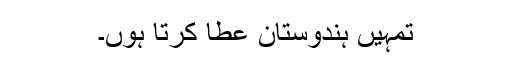
تمہیں ہندوستان عطا کرتا ہوں۔